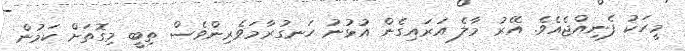
މީހަކު ފެނިއްޖެއެވެ. އޭރު މާލެ އަރައިގެން އުޅުނު ހަނގުރާމަވެރިންވެސް ތިބީ މިގޮތަށް ކަމުން